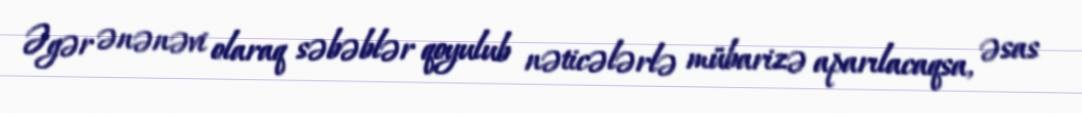
Əgər ənənəvi olaraq səbəblər qoyulub nəticələrlə mübarizə aparılacaqsa, əsas